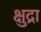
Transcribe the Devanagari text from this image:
क्षुद्रा